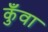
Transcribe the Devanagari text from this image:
कुँवा